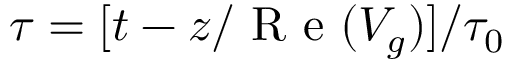
\tau = [ t - z / \textrm { R e } ( V _ { g } ) ] / \tau _ { 0 }